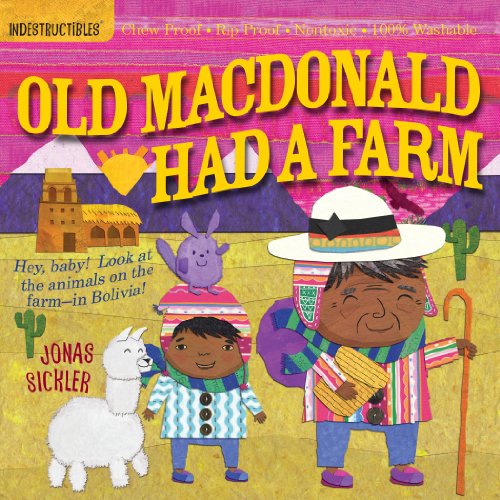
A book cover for Indestructibles: Old MacDonald Had a Farm; Jonas Sickler; Children's Books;